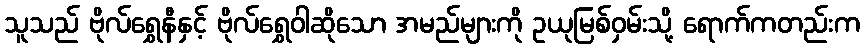
သူသည် ဗိုလ်ရွှေနီနှင့် ဗိုလ်ရွှေဝါဆိုသော အမည်များကို ဥယုမြစ်ဝှမ်းသို့ ရောက်ကတည်းက